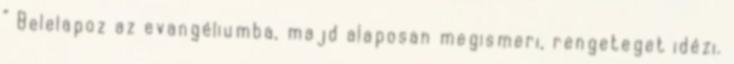
” Belelapoz az evangéliumba, majd alaposan megismeri, rengeteget idézi.